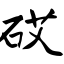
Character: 砹